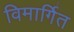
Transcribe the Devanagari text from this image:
विमार्गित